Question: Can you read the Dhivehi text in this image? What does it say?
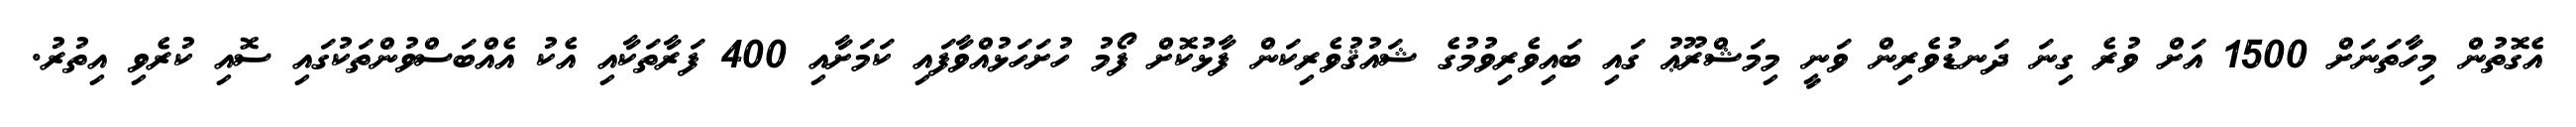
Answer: އެގޮތުން މިހާތަނަށް 1500 އަށް ވުރެ ގިނަ ދަނޑުވެރިން ވަނީ މިމަޝްރޫޢު ގައި ބައިވެރިވުމުގެ ޝައުޤުވެރިކަން ފާޅުކޮށް ފޯމު ހުށަހަޅުއްވާފައި ކަމަށާއި 400 ފަރާތަކާއި އެކު އެއްބަސްވުންތަކުގައި ސޮއި ކުރެވި އިތުރު.